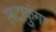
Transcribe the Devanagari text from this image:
लटाकुंगा